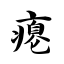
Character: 瘪